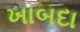
ખાબદા